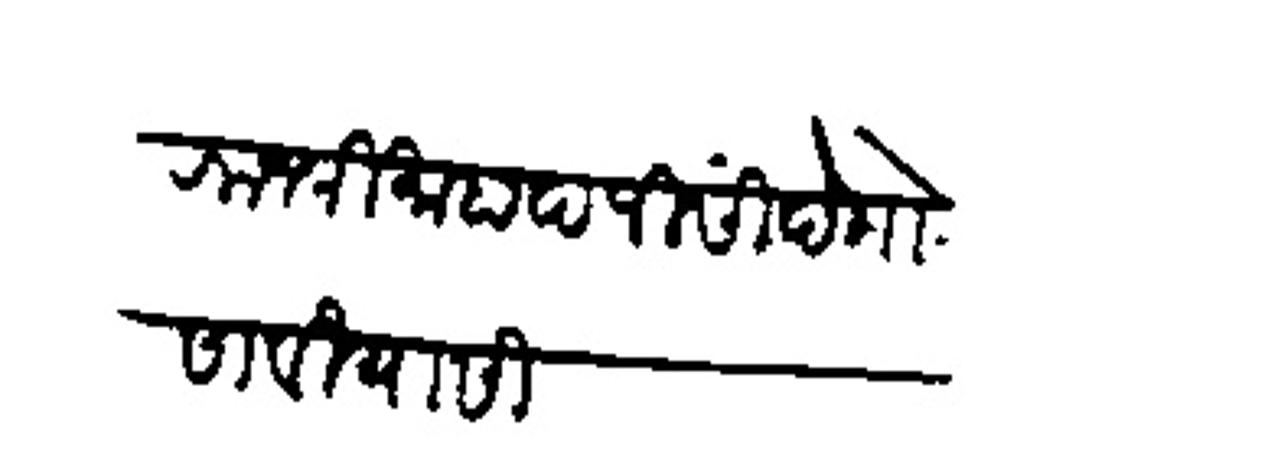
Transliteration (Devanagari): राजश्री माहादजी सिदे गोसावी यासी